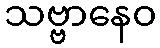
သဗ္ဗာနေဝ